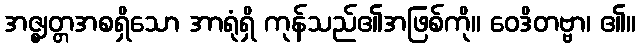
အဇ္ဈတ္တအစရှိသော အာရုံရှိ ကုန်သည်၏အဖြစ်ကို။ ဝေဒိတဗ္ဗာ၊ ၏။